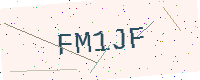
Text: FM1JF